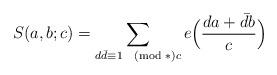
LaTeX: \begin{align*}S(a, b; c) = \sum_{d \bar d \equiv 1 \pmod*{c}} e\Bigl( \frac{d a + \bar d b}{c} \Bigr)\end{align*}